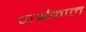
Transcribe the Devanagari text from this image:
पार्श्वकाल